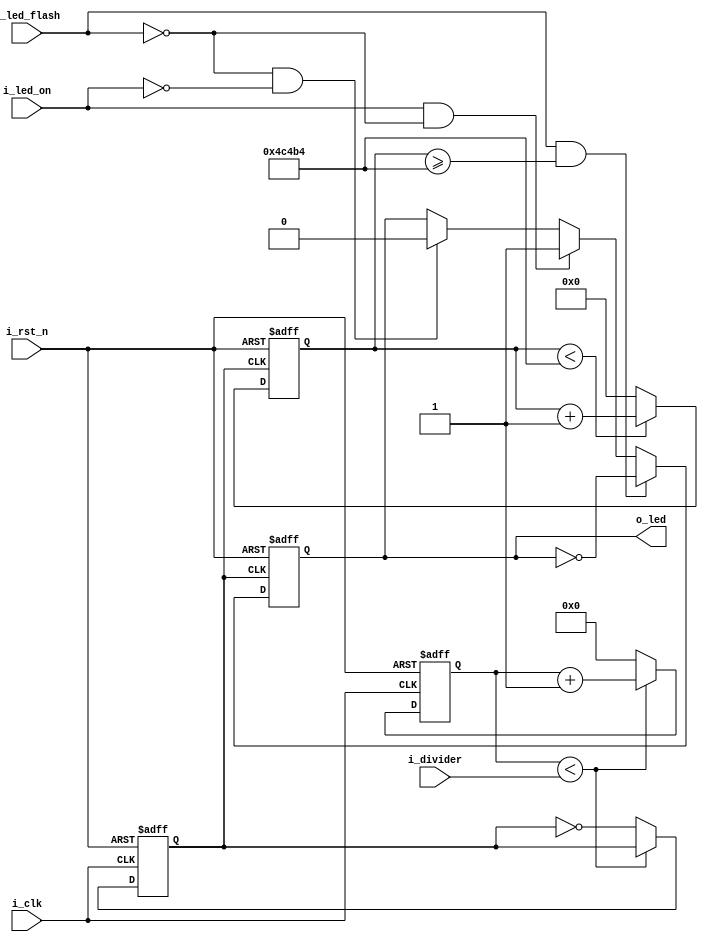
module led_control
		(
			input wire i_clk,
			input wire i_rst_n,
			input [7:0] i_divider,
			input wire i_led_on,
			input wire i_led_flash,
			output reg o_led
		);

reg [31:0] cnt;

reg [7:0] count;
reg  clk_divider;

parameter  COUNTER = 32'd312500; 
/********************************
set the reset value of  counter
********************************/


always @ (posedge i_clk,negedge i_rst_n)
begin
    if (!i_rst_n)
    begin       
        count <= 8'h0; 
		  clk_divider <= 1'b0;
    end
    else if(count < i_divider)
    begin
        count <= count + 1'b1;
    end
    else 
    begin
        count <=  8'h0; 
		  clk_divider <= !clk_divider;
    end
end





always @ (posedge clk_divider,negedge i_rst_n)
begin
    if (!i_rst_n)
    begin
        cnt <= 32'h0; 
    end
    else if(cnt < COUNTER)
    begin
        cnt <= cnt + 1'b1;
    end
    else 
    begin
        cnt <= 32'h0;
    end
end

always @ (posedge clk_divider,negedge i_rst_n)
begin
    if (!i_rst_n)
    begin
		  o_led <= 1'b0;
    end
    else if((i_led_flash)&&(cnt >= COUNTER))
    begin
		  o_led <= !o_led;
    end
	 else if(i_led_on && !i_led_flash)
	 begin
			o_led <= 1'b1;
	 end
	 else if(!i_led_flash && !i_led_on)
	 begin
			o_led <= 1'b0;
	 end
end





endmodule